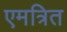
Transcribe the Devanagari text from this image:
एमत्रित